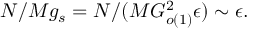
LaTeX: N / M g _ { s } = N / ( M G _ { o ( 1 ) } ^ { 2 } \epsilon ) \sim \epsilon .